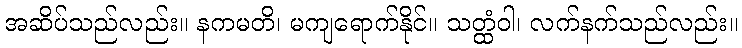
အဆိပ်သည်လည်း။ နကမတိ၊ မကျရောက်နိုင်။ သတ္ထံဝါ၊ လက်နက်သည်လည်း။